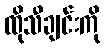
ထိုသီချင်းကို